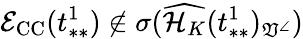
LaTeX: \mathcal{E}_{\mathrm{CC}}(t_{**}^{1})\not\in\sigma(\widehat{\mathcal{H}_{K}}(t_{**}^{1})_{\mathfrak{V}^{\angle}})